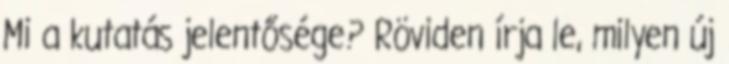
Mi a kutatás jelentősége? Röviden írja le, milyen új